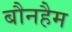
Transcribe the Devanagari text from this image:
बौनहैम